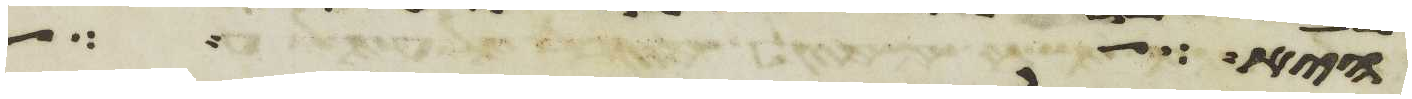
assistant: והביא על